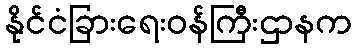
နိုင်ငံခြားရေးဝန်ကြီးဌာနက